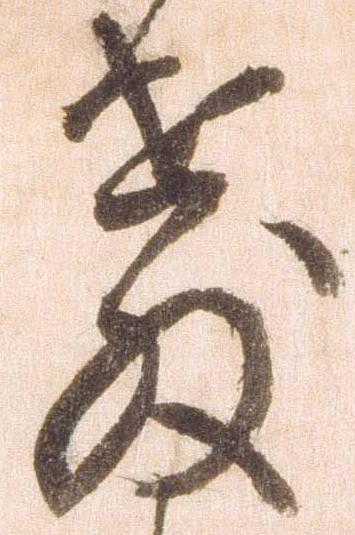
教